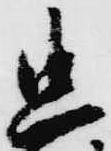
忠